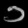
Digit: ၁